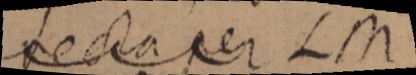
a recta per LM